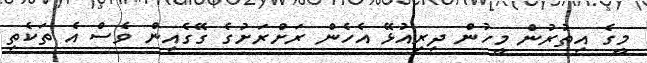
މީގެ އިތުރުން މީހުން ދިރިއުޅޭ އެހެން ރަށްރަށުގެ ގޭގެއިން ވެސް އެ ތަކެތި